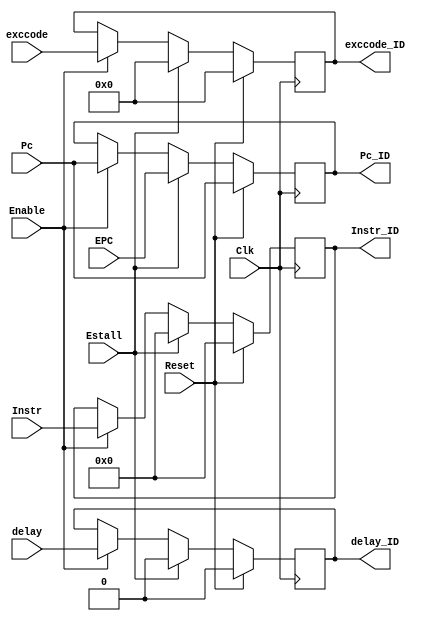
`timescale 1ns / 1ps
//////////////////////////////////////////////////////////////////////////////////
// Company: 
// Engineer: 
// 
// Design Name: 
// Module Name:    IF_ID_REG 
// Project Name: 
// Target Devices: 
// Tool versions: 
// Description: 
//
// Dependencies: 
//
// Revision: 
// Revision 0.01 - File Created
// Additional Comments: 
//
//////////////////////////////////////////////////////////////////////////////////
module IF_ID_REG(
    input [31:0] Pc,
	 input [31:0]EPC,
    input [31:0] Instr,
	 input [4:0]exccode,
	 input delay,
	 input Reset,
	 input Estall,
	 input Clk,
	 input Enable,
    output reg [31:0] Pc_ID,
    output reg [31:0] Instr_ID,
	 output reg [4:0]exccode_ID,
	 output reg delay_ID
    );
	 
	 initial begin
		Pc_ID<=32'h00003000;
		Instr_ID<=0;
		exccode_ID<=0;
		delay_ID<=0;
		end
		
	always @(posedge Clk)begin
		if (Reset) begin
			Pc_ID<=Pc;
			Instr_ID<=0;
			exccode_ID<=0;
			delay_ID<=0;
		end
		else if (Estall)begin
			Pc_ID<=EPC;
			Instr_ID<=0;
			exccode_ID<=0;
			delay_ID<=0;
		end
		else if (Enable)begin
			Pc_ID<=Pc;
			Instr_ID<=Instr;
			exccode_ID<=exccode;
			delay_ID<=delay;
		end
	end

endmodule